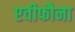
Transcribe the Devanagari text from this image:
एवीफौना